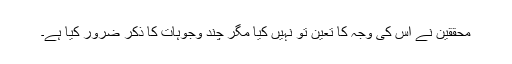
محققین نے اس کی وجہ کا تعین تو نہیں کیا مگر چند وجوہات کا ذکر ضرور کیا ہے۔